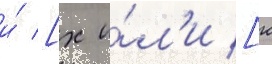
и́ [х и́л'и [к